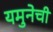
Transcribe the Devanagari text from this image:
यमुनेची